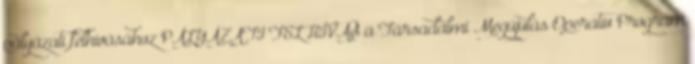
pályázati felhívásához PÁLYÁZATI FELHÍVÁS a Társadalmi Megújulás Operatív Program